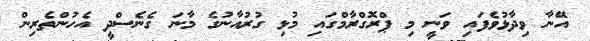
އޭނާ ވިދާޅުވެފައި ވަނީ މި ޕްރޮގްރާމްގައި މުޅި ގުުރުއާނުގެ މާނަ ގެނެސްދީ އެހުންތެރިން